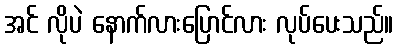
အင် လိုပဲ နောက်လားပြောင်လား လုပ်ပေးသည်။